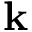
{ \bf k }